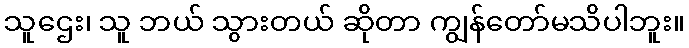
သူဌေး၊ သူ ဘယ် သွားတယ် ဆိုတာ ကျွန်တော်မသိပါဘူး။